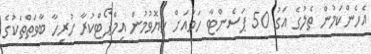
އެހެންކަމުން ތެލުގެ އަގު 50 ޕަސެންޓާ ހަމައަށް ހެޔޮވުމުން އިމްޕޯޓްކުރާ ހުރިހާ ބާވަތްތަކުގެ